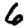
Digit: 6